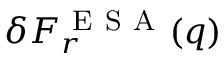
\delta F _ { r } ^ { \mathrm { ~ E ~ S ~ A ~ } } ( q )